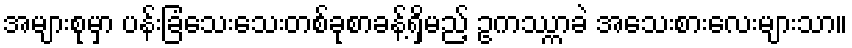
အများစုမှာ ပန်းခြံသေးသေးတစ်ခုစာခန့်ရှိမည့် ဥကဿ္ကာခဲ အသေးစားလေးများသာ။